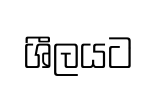
ශීලයට